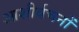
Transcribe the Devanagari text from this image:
आशीर्वचनों